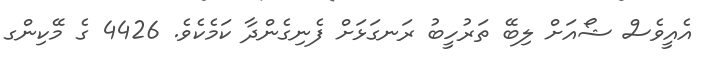
އެއީވެސް ޝޯއަށް ލިބޭ ތަރުހީބު ރަނގަޅަށް ފެނިގެންދާ ކަމެކެވެ. 4426 ގެ މޭކިންގ